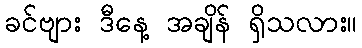
ခင်ဗျား ဒီနေ့ အချိန် ရှိသလား။